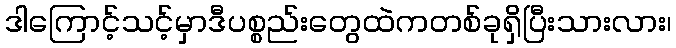
ဒါကြောင့်သင့်မှာဒီပစ္စည်းတွေထဲကတစ်ခုရှိပြီးသားလား၊